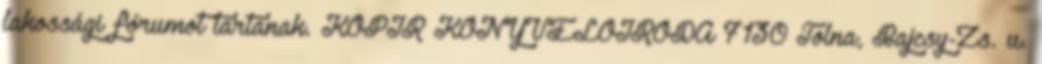
lakossági fórumot tartanak. KOPÍR KÖNYVELŐIRODA 7130 Tolna, Bajcsy-Zs. u.